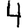
Digit: 4